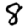
Digit: 8